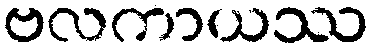
ဗလကာယဿ